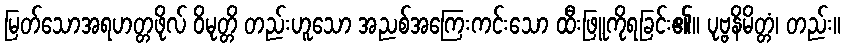
မြတ်သောအရဟတ္တဖိုလ် ဝိမုတ္တိ တည်းဟူသော အညစ်အကြေးကင်းသော ထီးဖြူကိုရခြင်း၏။ ပုဗ္ဗနိမိတ္တံ၊ တည်း။